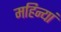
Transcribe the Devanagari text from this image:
महिन्यां